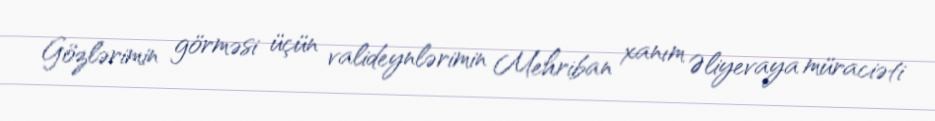
Gözlərimin görməsi üçün valideynlərimin Mehriban xanım Əliyevaya müraciəti